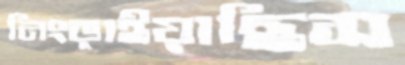
নিংড়াইয়াছিস